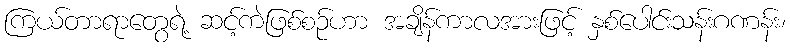
ကြယ်တာရာတွေရဲ့ ဆင့်ကဲဖြစ်စဉ်ဟာ အချိန်ကာလအားဖြင့် နှစ်ပေါင်းသန်းဂဏန်း၊